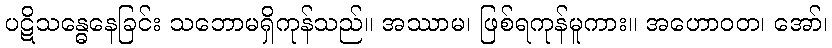
ပဋိသန္ဓေနေခြင်း သဘောမရှိကုန်သည်။ အဿာမ၊ ဖြစ်ရကုန်မူကား။ အဟောဝတ၊ အော်၊